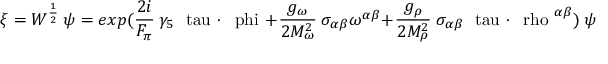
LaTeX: \xi = W ^ { \frac { 1 } { 2 } } ~ \psi = e x p ( \frac { 2 i } { F _ { \pi } } ~ \gamma _ { 5 } \mathrm { \boldmath ~ \ t a u ~ } \cdot \mathrm { \boldmath ~ \ p h i ~ } + \frac { g _ { \omega } } { 2 M _ { \omega } ^ { 2 } } ~ \sigma _ { \alpha \beta } \omega ^ { \alpha \beta } + \frac { g _ { \rho } } { 2 M _ { \rho } ^ { 2 } } ~ \sigma _ { \alpha \beta } \mathrm { \boldmath ~ \ t a u ~ } \cdot \mathrm { \boldmath ~ \ r h o ~ } ^ { \alpha \beta } ) ~ \psi